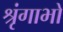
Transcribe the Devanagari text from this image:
श्रृंगाभों